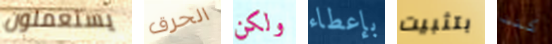
يستعملون الحرق ولكن بإعطاء بتثبيت كنت